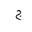
Letter: _gim